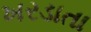
ખરડાતા